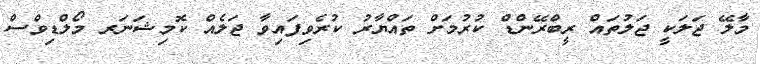
މާލޭ ޖަލަކީ ޖަލުތައް ރީބްރޭންޑް ކުރުމަށް ތައްޔާރު ކުރެވިފައިވާ ޖަލެއް ކޮމިޝަނަރ މޯލްޑިވްސް